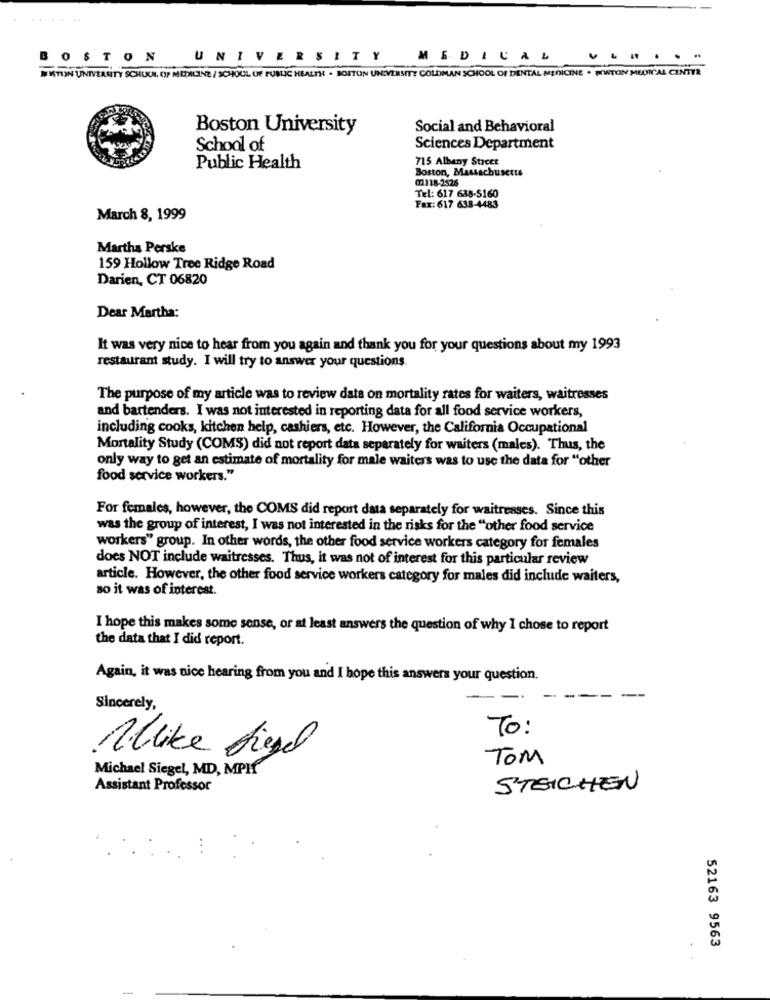
......
BOSTON
UNIVERSITY
MEDICAL
......
WISTUN UNIVERSITY SCHUCH OF MEDICINE / SCHOOL OF PUBLIC HEALTH . BOSTON UNIVERSITY GOLDMAN SCHOOL OF DENTAL MEDICINE . PORTION MEDICAL CENTER
Boston University
Social and Behavioral
School of
Sciences Department
715 Albany Strcet
Public Health
@1118-2526
Boston, Massachusetts
Tel: 617 638-5160
Fax: 617 638-4483
March 8, 1999
Martha Perske
159 Hollow Tree Ridge Road
Darien, CT 06820
Dear Martha:
It was very nice to hear from you again and thank you for your questions about my 1993
restaurant study. I will try to answer your questions.
The purpose of my article was to review data on mortality rates for waiters, waitresses
and bartenders. I was not interested in reporting data for all food service workers,
including cooks, kitchen help, cashiers, etc. However, the California Occupational
Mortality Study (COMS) did not report data separately for waiters (males). Thus, the
only way to get an estimate of mortality for male waiters was to use the data for "other
food service workers."
For females, however, the COMS did report data separately for waitresses. Since this
was the group of interest, I was not interested in the risks for the "other food service
workers" group. In other words, the other food service workers category for females
does NOT include waitresses. Thus, it was not of interest for this particular review
article. However, the other food service workers category for males did include waiters,
so it was of interest.
I hope this makes some sense, or at least answers the question of why I chose to report
the data that I did report.
Again, it was nice hearing from you and I hope this answers your question.
Sincerely,
To:
Allike Siegel
TOM
Michael Siegel, MD, MPIf
Assistant Professor
STREICHEN
52163 9563